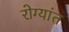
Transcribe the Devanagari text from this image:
रोग्यांत